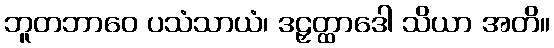
ဘူတဘာဝေ ပသံသာယံ၊ ဒဠှတ္ထာဒေါ သိယာ အတိ။